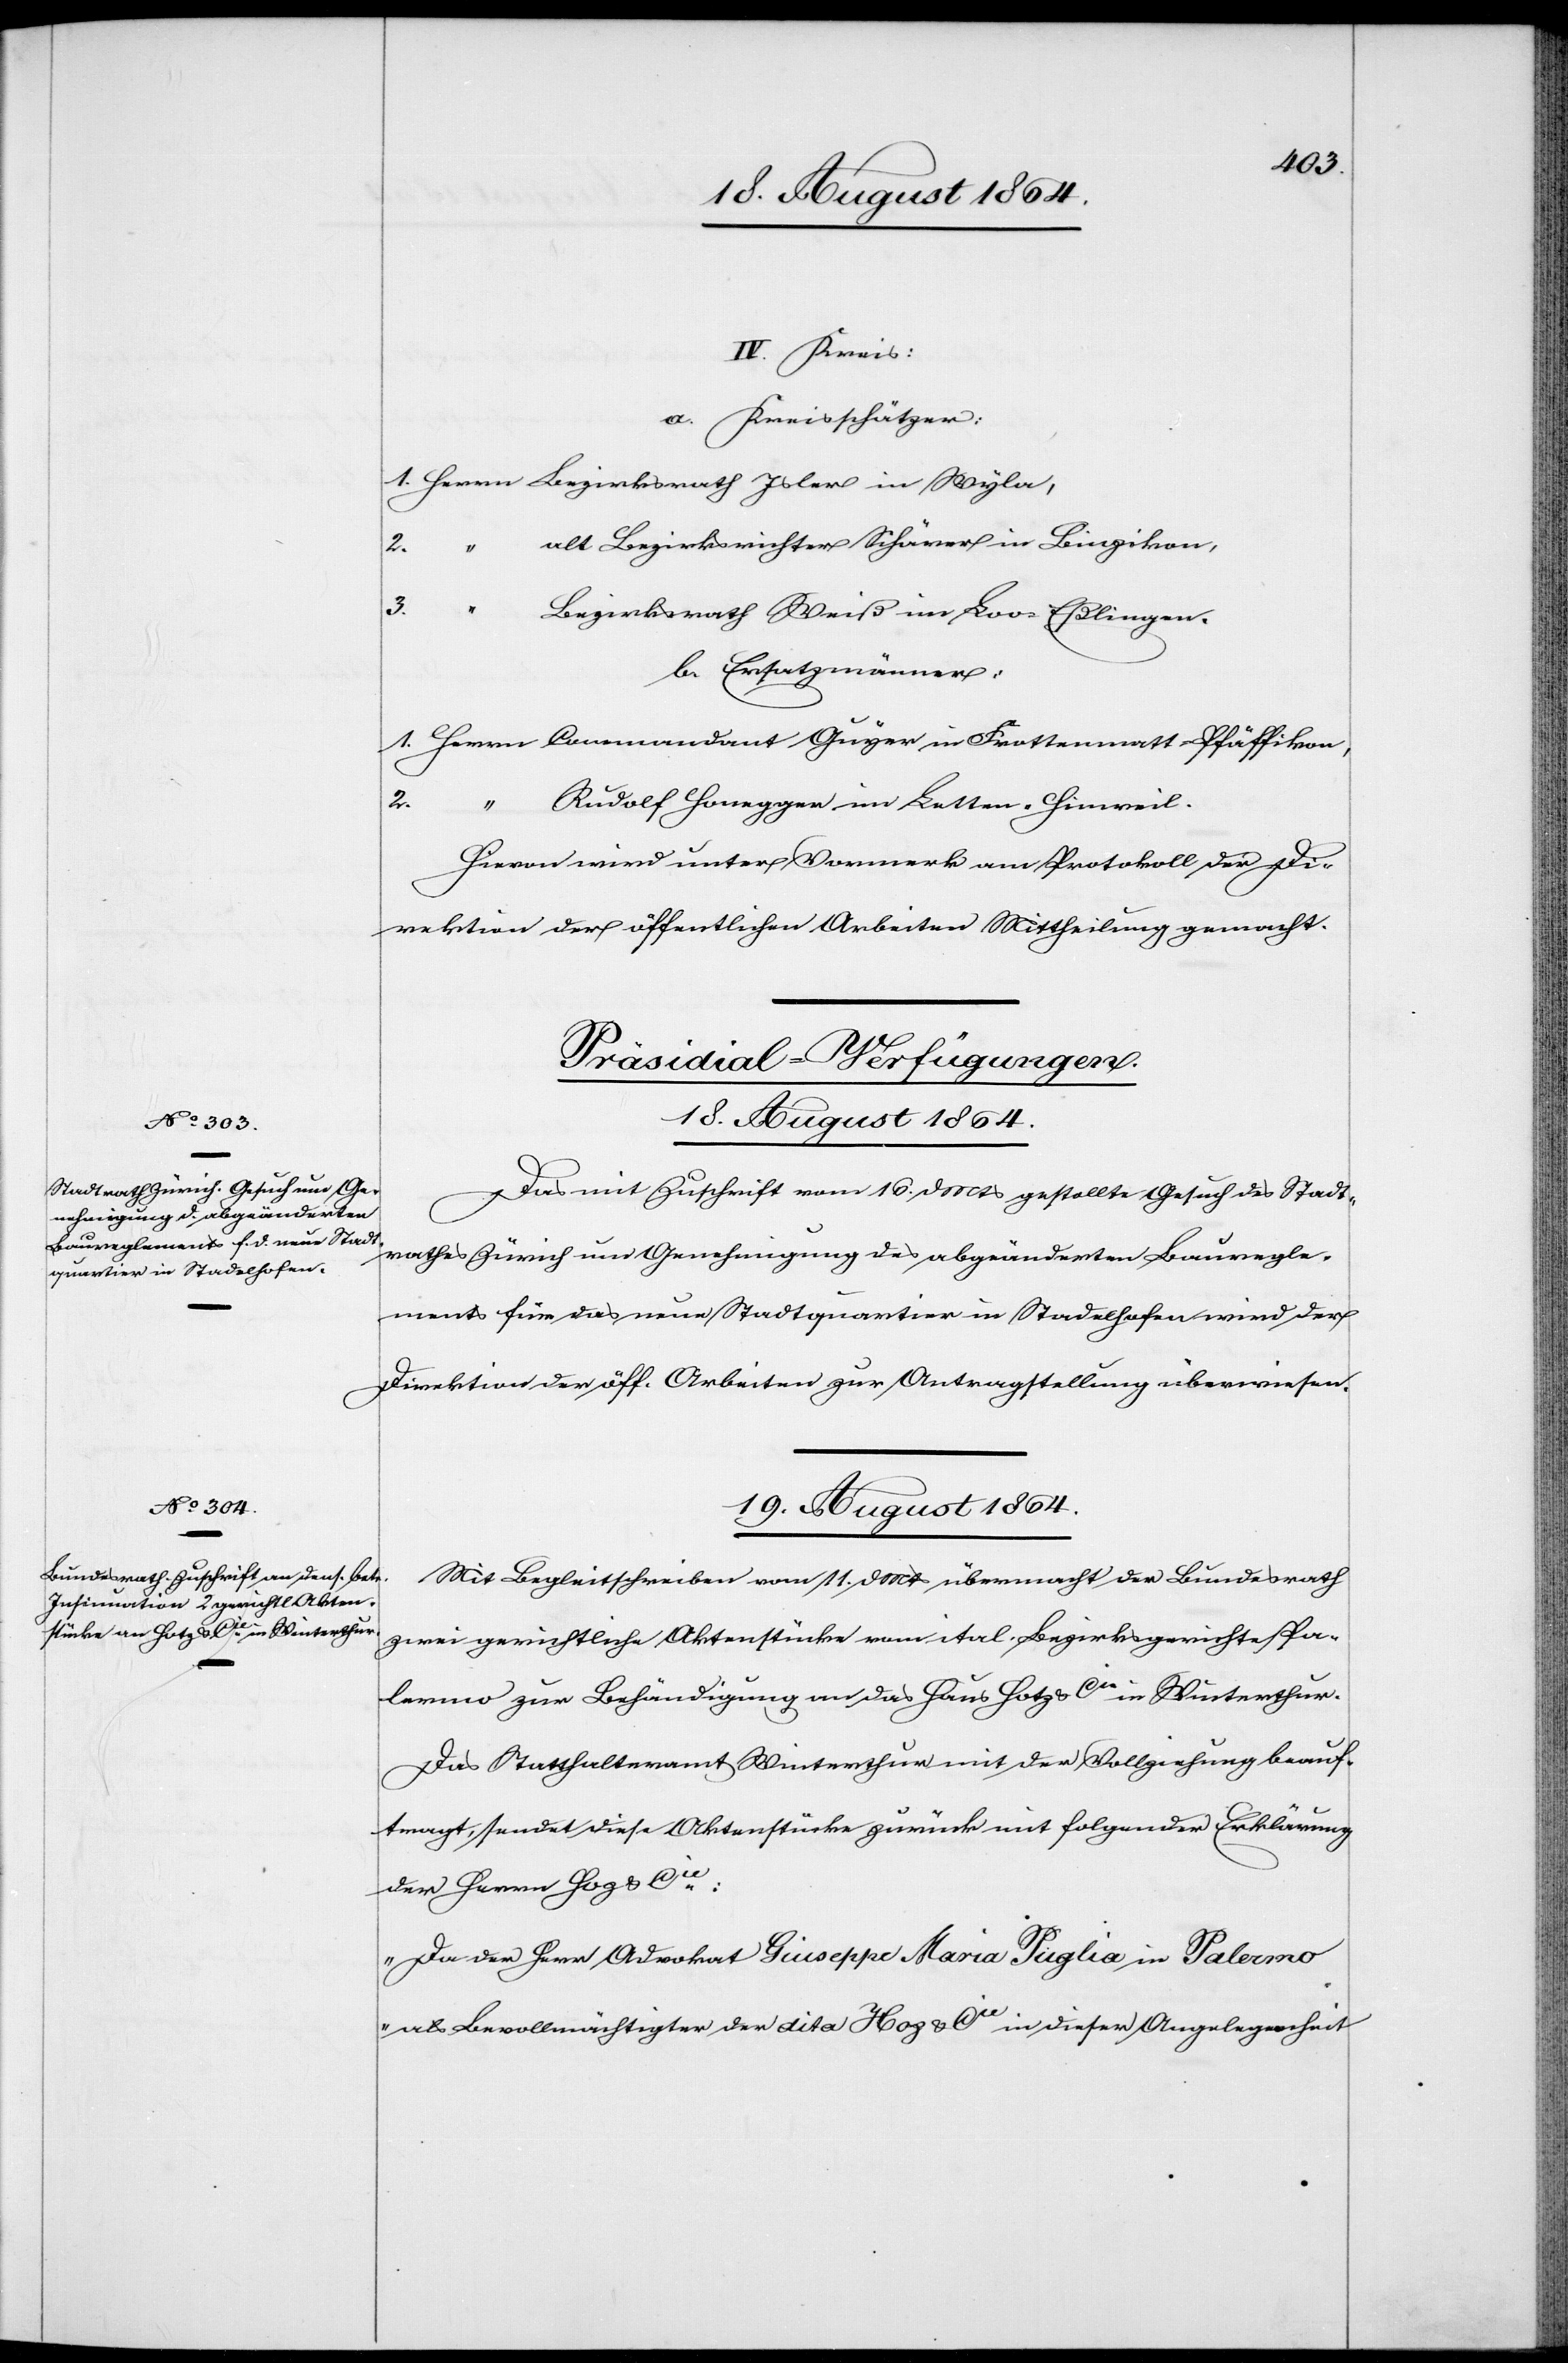
18. August 1864.
IV. Kreis:
a. Kreisschätzer:
1. Herrn Bezirksrath Isler in Wyla,
2. “ alt Bezirksrichter Schärer in Binzikon,
3. “ Bezirksrath Weiß im Loo-Eßlingen.
b. Ersatzmänner:
1. Herrn Commandant Guyer in Frottenmatt Pfäffikon,
2. “ Rudolf Honegger in Letten-Hinweil.
Hievon wird unter Vormerk am Protokoll der Di¬
rektion der öffentlichen Arbeiten Mittheilung gemacht.
[Präsidial-Verfügungen.]
Das mit Zuschrift vom 16. d. Mts gestellte Gesuch des Stadt¬
rathes Zürich um Genehmigung des abgeänderten Bauregle¬
ments für das neue Stadtquartier in Stadelhofen wird der
Direktion der öff. Arbeiten zur Antragstellung überwiesen.
19. August 1864.
Mit Begleitschreiben vom 11. d. Mts übermacht der Bundesrath
zwei gerichtliche Aktenstücke vom ital. Bezirksgerichte Pa¬
lermo zur Behändigung an das Haus Hotz & Cie in Winterthur.
Das Statthalteramt Winterthur[,] mit der Vollziehung beauf¬
tragt, sendet diese Aktenstücke zurück mit folgender Erklärung
der Herrn Hotz & Cie.:
„Da der Herr Advokat Giuseppe Maria Puglia in Palermo
als Bevollmächtigter der dito Hotz & Cie in dieser Angelegenheit